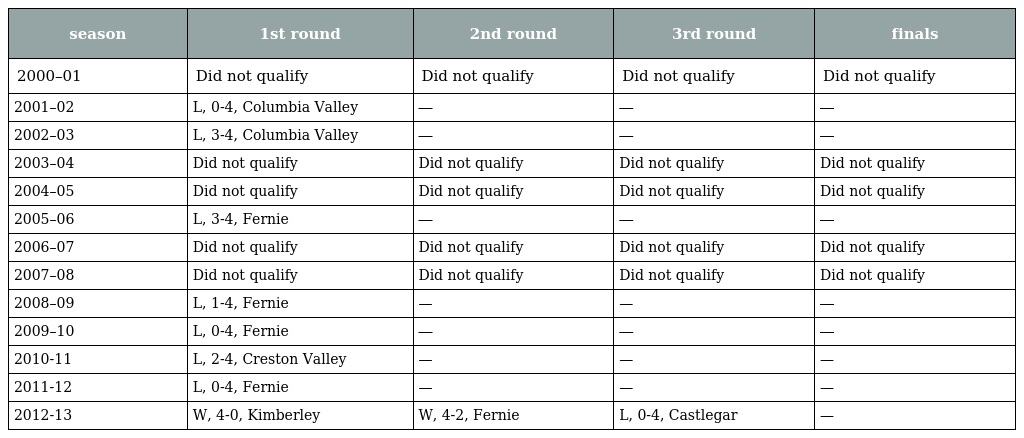
| season | 1st round | 2nd round | 3rd round | finals |
 | --- | --- | --- | --- | --- |
 | 2000–01 | Did not qualify | Did not qualify | Did not qualify | Did not qualify |
 | 2001–02 | L, 0-4, Columbia Valley | ― | ― | ― |
 | 2002–03 | L, 3-4, Columbia Valley | ― | ― | ― |
 | 2003–04 | Did not qualify | Did not qualify | Did not qualify | Did not qualify |
 | 2004–05 | Did not qualify | Did not qualify | Did not qualify | Did not qualify |
 | 2005–06 | L, 3-4, Fernie | ― | ― | ― |
 | 2006–07 | Did not qualify | Did not qualify | Did not qualify | Did not qualify |
 | 2007–08 | Did not qualify | Did not qualify | Did not qualify | Did not qualify |
 | 2008–09 | L, 1-4, Fernie | — | — | ― |
 | 2009–10 | L, 0-4, Fernie | ― | ― | ― |
 | 2010-11 | L, 2-4, Creston Valley | — | — | — |
 | 2011-12 | L, 0-4, Fernie | — | — | — |
 | 2012-13 | W, 4-0, Kimberley | W, 4-2, Fernie | L, 0-4, Castlegar | — |